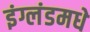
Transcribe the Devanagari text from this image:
इंग्लंडमधे